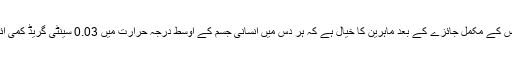
ڈیٹا بیس کے مکمل جائزے کے بعد ماہرین کا خیال ہے کہ ہر دس میں انسانی جسم کے اوسط درجہ حرارت میں 0.03 سینٹی گریڈ کمی آئی ہے۔